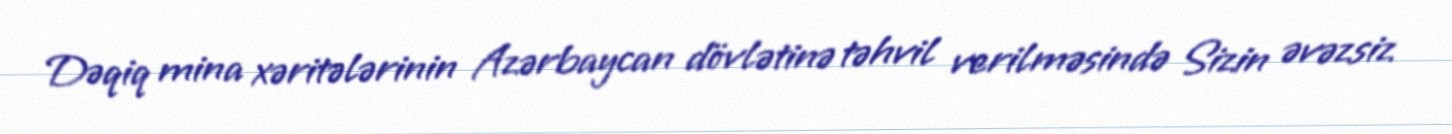
Dəqiq mina xəritələrinin Azərbaycan dövlətinə təhvil verilməsində Sizin əvəzsiz